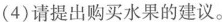
(4)请提出购买水果的建议。